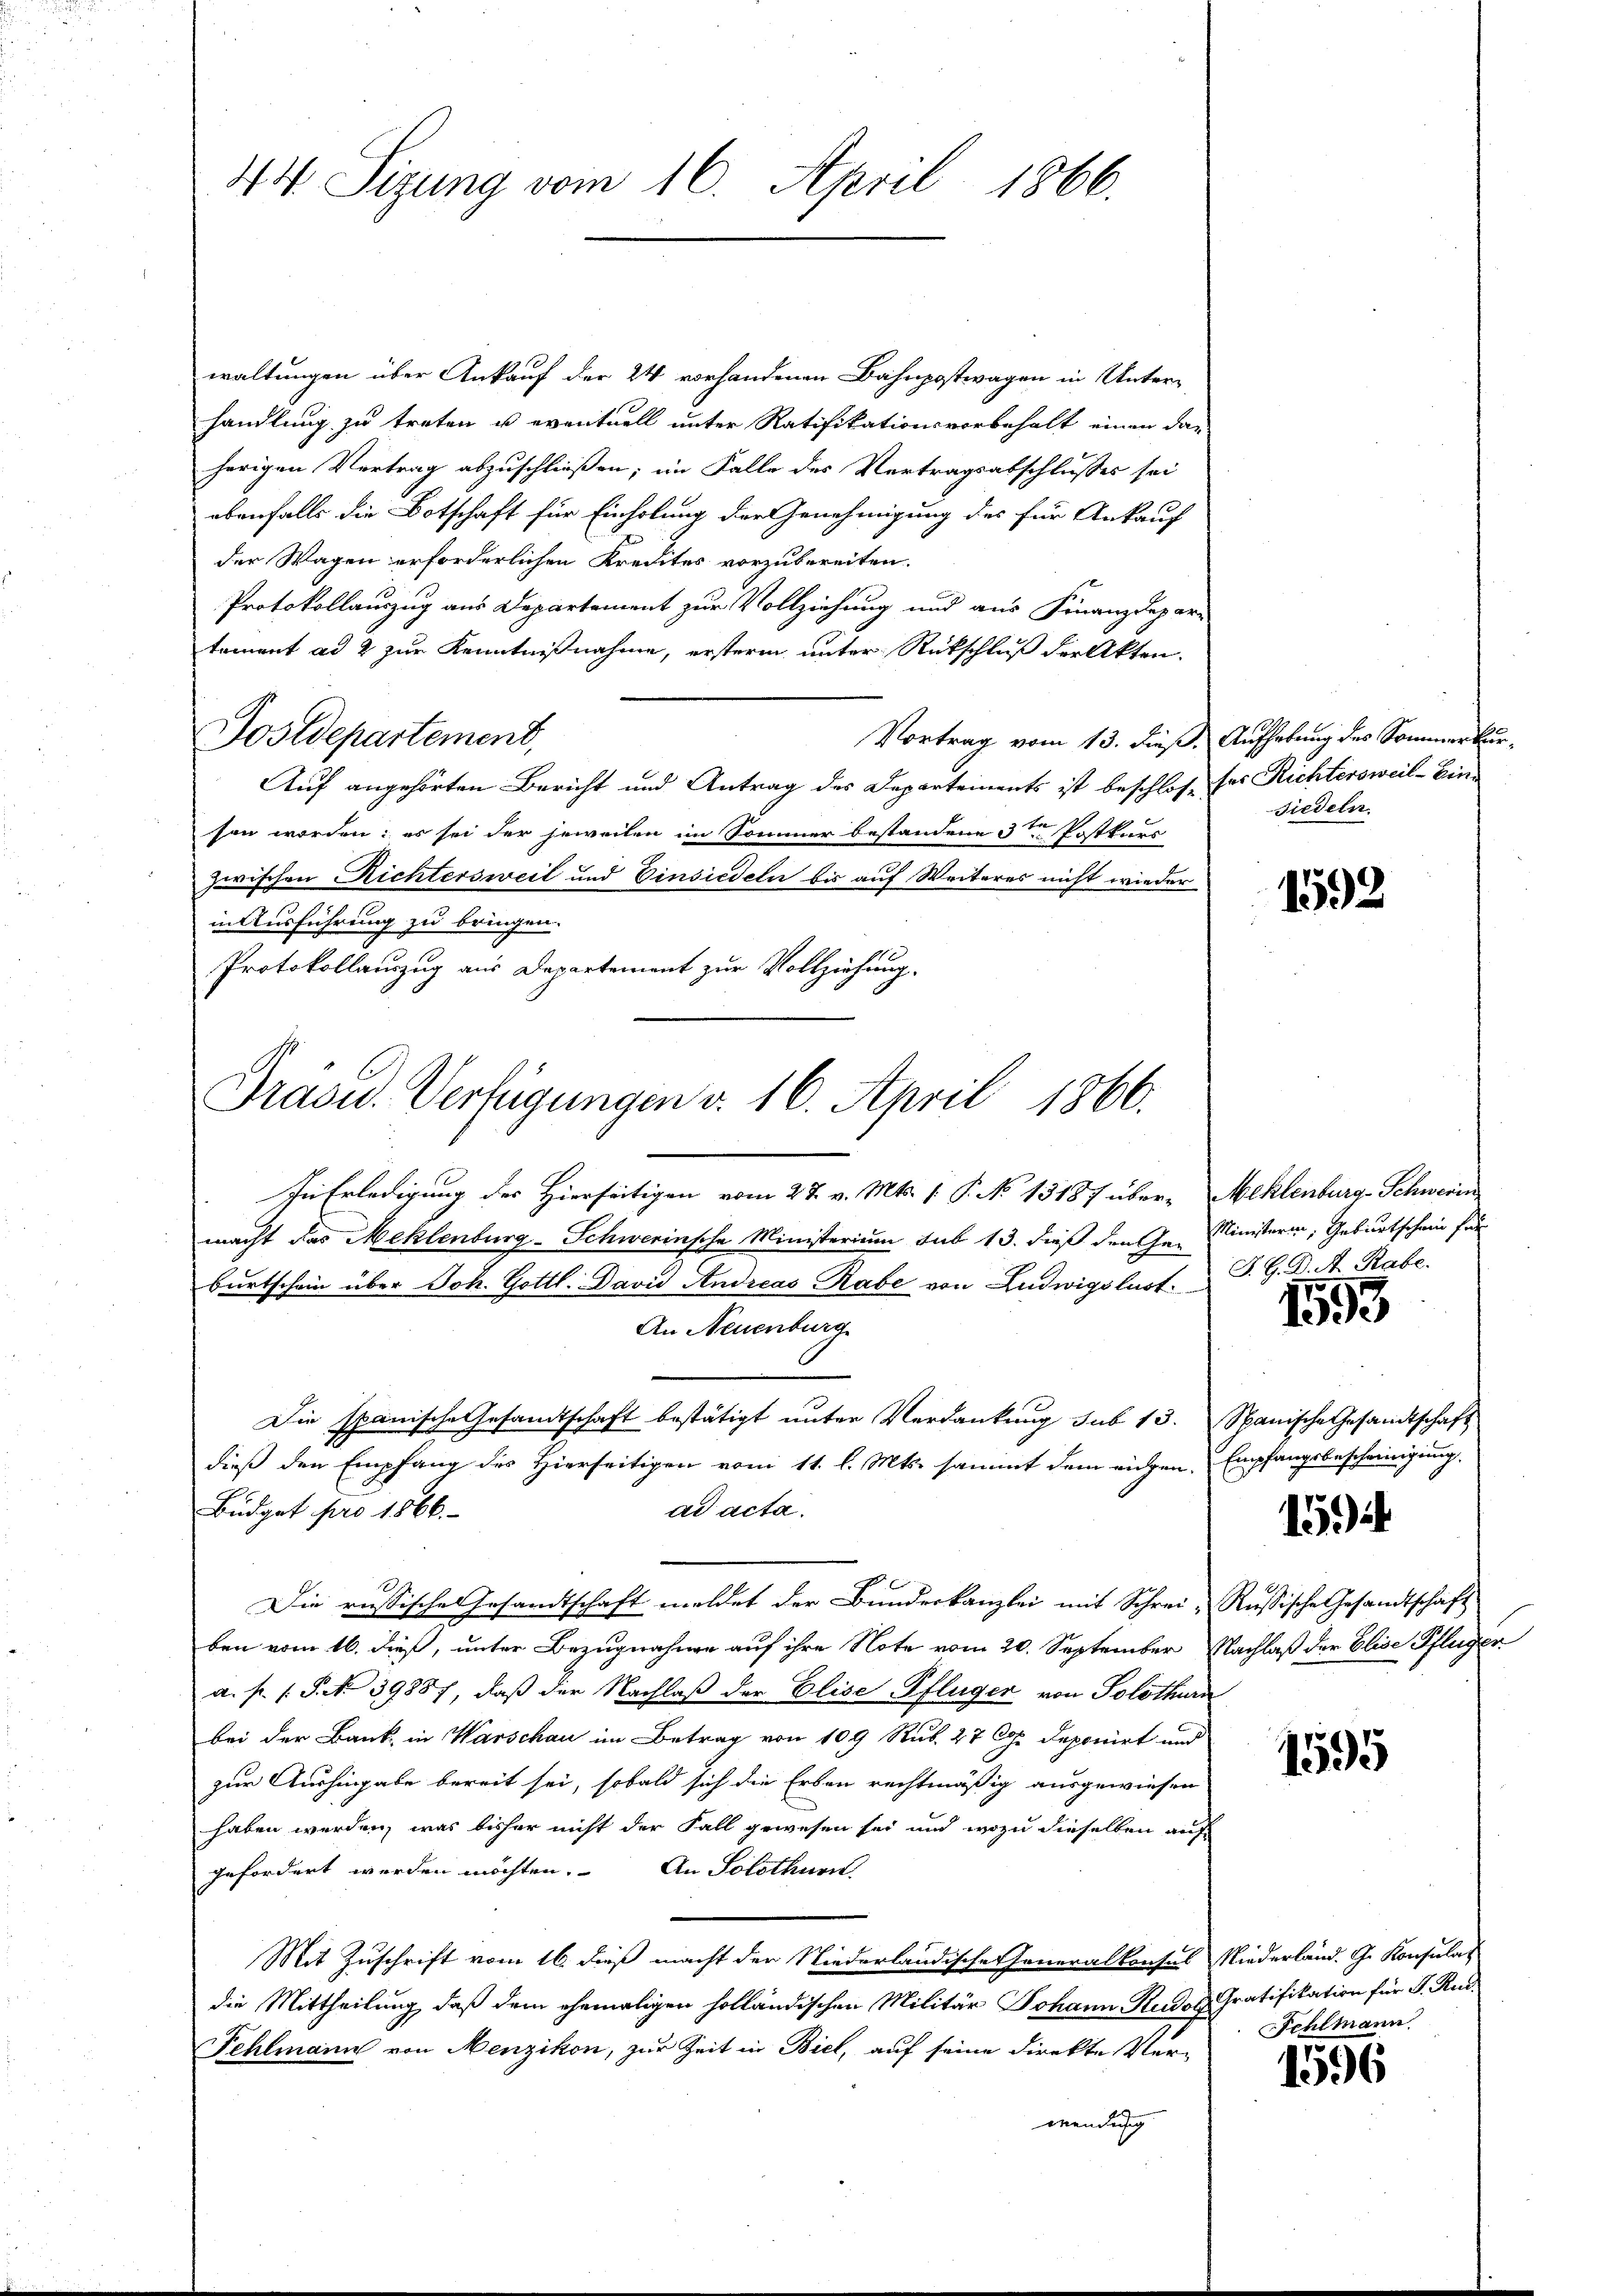
44. Sizung vom 16. April 1866.

waltungen über Ankauf der 24 vorhandenen Bahnpostwagen in Unterhandlung zu treten u eventuell unter Ratifikationsvorbehalt einen da-
herigen Vertrag abzuschließen; im Falle des Vertragsabschlusses sei
ebenfalls die Botschaft für Einholung der Genehmigung des für Ankauf
der Wagen erforderlichen Kredites vorzubereiten.
Protokollauszug aus Departement zur Vollziehung und aus Finanzdepari
tement ad 2 zur Kenntnißnahme, ersterm unter Rückschluß der Akten.
Postdepartement,
Vortrag vom 13. dieß. Aufhebung des Sommerkur¬
Auf angehörten Bericht und Antrag des Departements ist beschlos, der Richtersweil - Einsen worden; es sei der jeweilen im Sommer bestandene 3ten Postkurs
zwischen Richtersweil und Einsiedeln bis auf Weiteres nicht wieder
in Ausführung zu bringen.
Protokollauszug aus Departement zur Vollziehung.
Pravid. Verfügungen v. 16. April 1866.

In Erledigung des Hierseitigen vom 27. v. Mts. 1. P. No 13187 über-Meklenburg-Schwerin
macht das Meklenburg-Schwerinsche Ministerium sub 13. dieß den Ge-
bŭrtschein über Joh. Gottl. David Andreas Rabe von Ludwigslust. S. G. D. A. Rabe.
An Neuenburg
Die spanische Gesandtschaft bestätigt unter Verdankung sub 15. Spanische Gesandtschaft
dieß den Empfang des Hierseitigen vom 11. l. Mts. sammt dem eigen Empfangsbescheinigung,
ad acta.
Büdget pro 1866.
Die russische Gesandtschaft meldet der Bundeskanzlei mit Schrei- Russische Gesandtschaft
ben vom 16. dieß, unter Bezugnahme auf ihre Note vom 20. September Nachlaß der Elise Pflüger
a. p. s. S. No 39887, daß der Nachlaß der Elise Pflüger von Solothurn
bei der Bank, in Warschau im Betrag von 109 Rub. 27 Co. Deponirt und
zur Aushingabe bereit sei, sobald sich die Erben rechtmäßig ausgewiesen
haben werden, was bisher nicht der Fall gewesen sei und wozu dieselben auf
gefordert werden möchten. An Solothurn,
Mit Zuschrift vom 16. dieß macht der Niederländische Generalkonsus Niederland. G. Konsulat
die Mittheilung, daß dem ehemaligen holländischen Militär Johann Rudol Gratifikation für P. Rud¬
Fehlmann von Menzikon, zur Zeit in Biel, auf seine Direkte Verwendung

siedeln.

1592

Ministerin, Geburtschein für

1593

15

1595

Fehlmann

1596